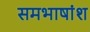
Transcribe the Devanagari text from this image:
समभाषांश